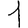
Digit: 1